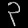
Digit: ၃